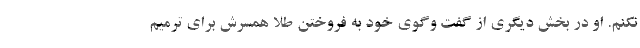
نکنم. او در بخش دیگری از گفت وگوی خود به فروختن طلا همسرش برای ترمیم